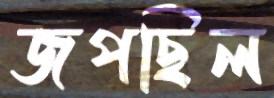
জপছিল